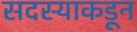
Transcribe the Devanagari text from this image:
सदस्याकडून